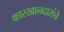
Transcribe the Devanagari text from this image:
कारखानदारांचे